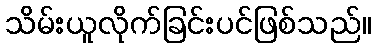
သိမ်းယူလိုက်ခြင်းပင်ဖြစ်သည်။